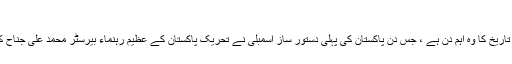
قسط اوّل
آصف جاوید گیارہ اگست 1947، پاکستان کی تاریخ کا وہ اہم دن ہے ، جس دن پاکستان کی پہلی دستور ساز اسمبلی نے تحریک پاکستان کے عظیم رہنماء بیرسٹر محمّد علی جناح کو پاکستان کا پہلا گورنر جنرل منتخب کیا تھا۔